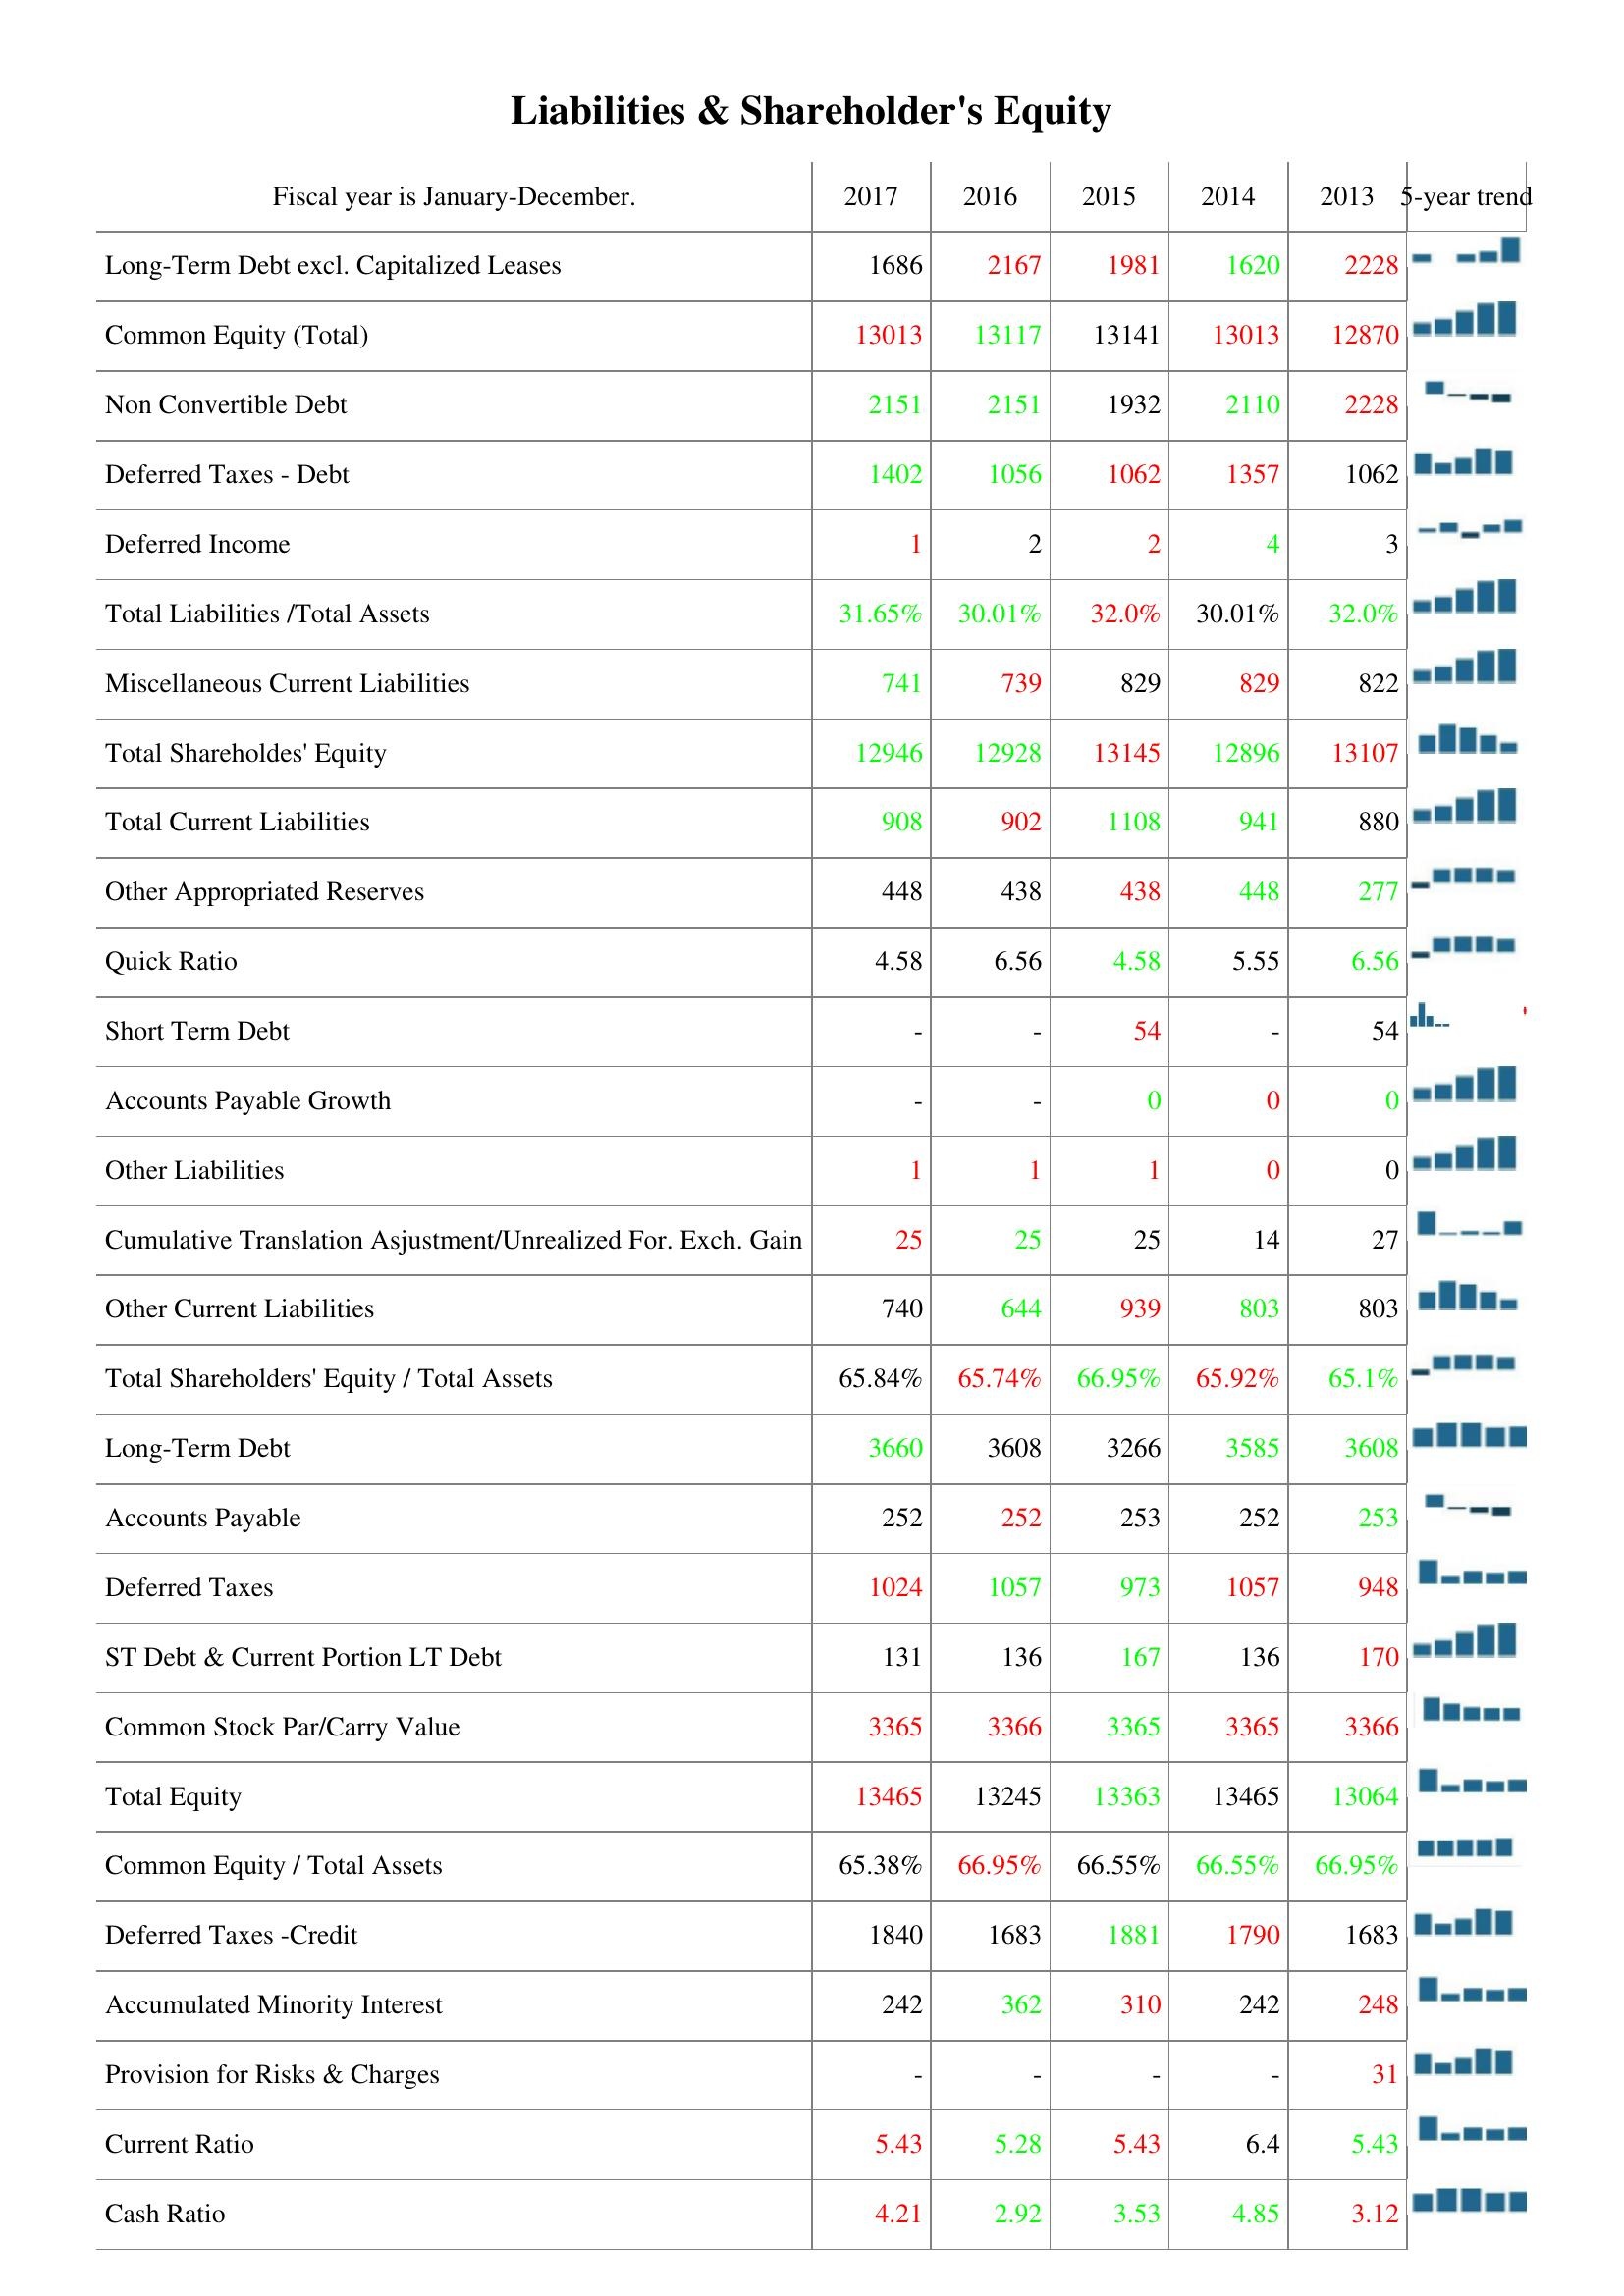
2017: Liabilities & Shareholder's Equity: Long-Term Debt excl. Capitalized Leases: 1686
Common Equity (Total): 13013
Non Convertible Debt: 2151
Deferred Taxes - Debt: 1402
Deferred Income: 1
Total Liabilities /Total Assets: 31.65%
Miscellaneous Current Liabilities: 741
Total Shareholdes' Equity: 12946
Total Current Liabilities: 908
Other Appropriated Reserves: 448
Quick Ratio: 4.58
Short Term Debt: -
Accounts Payable Growth: -
Other Liabilities: 1
Cumulative Translation Asjustment/Unrealized For. Exch. Gain: 25
Other Current Liabilities: 740
Total Shareholders' Equity / Total Assets: 65.84%
Long-Term Debt: 3660
Accounts Payable: 252
Deferred Taxes: 1024
ST Debt & Current Portion LT Debt: 131
Common Stock Par/Carry Value: 3365
Total Equity: 13465
Common Equity / Total Assets: 65.38%
Deferred Taxes -Credit: 1840
Accumulated Minority Interest: 242
Provision for Risks & Charges: -
Current Ratio: 5.43
Cash Ratio: 4.21
2016: Liabilities & Shareholder's Equity: Long-Term Debt excl. Capitalized Leases: 2167
Common Equity (Total): 13117
Non Convertible Debt: 2151
Deferred Taxes - Debt: 1056
Deferred Income: 2
Total Liabilities /Total Assets: 30.01%
Miscellaneous Current Liabilities: 739
Total Shareholdes' Equity: 12928
Total Current Liabilities: 902
Other Appropriated Reserves: 438
Quick Ratio: 6.56
Short Term Debt: -
Accounts Payable Growth: -
Other Liabilities: 1
Cumulative Translation Asjustment/Unrealized For. Exch. Gain: 25
Other Current Liabilities: 644
Total Shareholders' Equity / Total Assets: 65.74%
Long-Term Debt: 3608
Accounts Payable: 252
Deferred Taxes: 1057
ST Debt & Current Portion LT Debt: 136
Common Stock Par/Carry Value: 3366
Total Equity: 13245
Common Equity / Total Assets: 66.95%
Deferred Taxes -Credit: 1683
Accumulated Minority Interest: 362
Provision for Risks & Charges: -
Current Ratio: 5.28
Cash Ratio: 2.92
2015: Liabilities & Shareholder's Equity: Long-Term Debt excl. Capitalized Leases: 1981
Common Equity (Total): 13141
Non Convertible Debt: 1932
Deferred Taxes - Debt: 1062
Deferred Income: 2
Total Liabilities /Total Assets: 32.0%
Miscellaneous Current Liabilities: 829
Total Shareholdes' Equity: 13145
Total Current Liabilities: 1108
Other Appropriated Reserves: 438
Quick Ratio: 4.58
Short Term Debt: 54
Accounts Payable Growth: 0
Other Liabilities: 1
Cumulative Translation Asjustment/Unrealized For. Exch. Gain: 25
Other Current Liabilities: 939
Total Shareholders' Equity / Total Assets: 66.95%
Long-Term Debt: 3266
Accounts Payable: 253
Deferred Taxes: 973
ST Debt & Current Portion LT Debt: 167
Common Stock Par/Carry Value: 3365
Total Equity: 13363
Common Equity / Total Assets: 66.55%
Deferred Taxes -Credit: 1881
Accumulated Minority Interest: 310
Provision for Risks & Charges: -
Current Ratio: 5.43
Cash Ratio: 3.53
2014: Liabilities & Shareholder's Equity: Long-Term Debt excl. Capitalized Leases: 1620
Common Equity (Total): 13013
Non Convertible Debt: 2110
Deferred Taxes - Debt: 1357
Deferred Income: 4
Total Liabilities /Total Assets: 30.01%
Miscellaneous Current Liabilities: 829
Total Shareholdes' Equity: 12896
Total Current Liabilities: 941
Other Appropriated Reserves: 448
Quick Ratio: 5.55
Short Term Debt: -
Accounts Payable Growth: 0
Other Liabilities: 0
Cumulative Translation Asjustment/Unrealized For. Exch. Gain: 14
Other Current Liabilities: 803
Total Shareholders' Equity / Total Assets: 65.92%
Long-Term Debt: 3585
Accounts Payable: 252
Deferred Taxes: 1057
ST Debt & Current Portion LT Debt: 136
Common Stock Par/Carry Value: 3365
Total Equity: 13465
Common Equity / Total Assets: 66.55%
Deferred Taxes -Credit: 1790
Accumulated Minority Interest: 242
Provision for Risks & Charges: -
Current Ratio: 6.4
Cash Ratio: 4.85
2013: Liabilities & Shareholder's Equity: Long-Term Debt excl. Capitalized Leases: 2228
Common Equity (Total): 12870
Non Convertible Debt: 2228
Deferred Taxes - Debt: 1062
Deferred Income: 3
Total Liabilities /Total Assets: 32.0%
Miscellaneous Current Liabilities: 822
Total Shareholdes' Equity: 13107
Total Current Liabilities: 880
Other Appropriated Reserves: 277
Quick Ratio: 6.56
Short Term Debt: 54
Accounts Payable Growth: 0
Other Liabilities: 0
Cumulative Translation Asjustment/Unrealized For. Exch. Gain: 27
Other Current Liabilities: 803
Total Shareholders' Equity / Total Assets: 65.1%
Long-Term Debt: 3608
Accounts Payable: 253
Deferred Taxes: 948
ST Debt & Current Portion LT Debt: 170
Common Stock Par/Carry Value: 3366
Total Equity: 13064
Common Equity / Total Assets: 66.95%
Deferred Taxes -Credit: 1683
Accumulated Minority Interest: 248
Provision for Risks & Charges: 31
Current Ratio: 5.43
Cash Ratio: 3.12